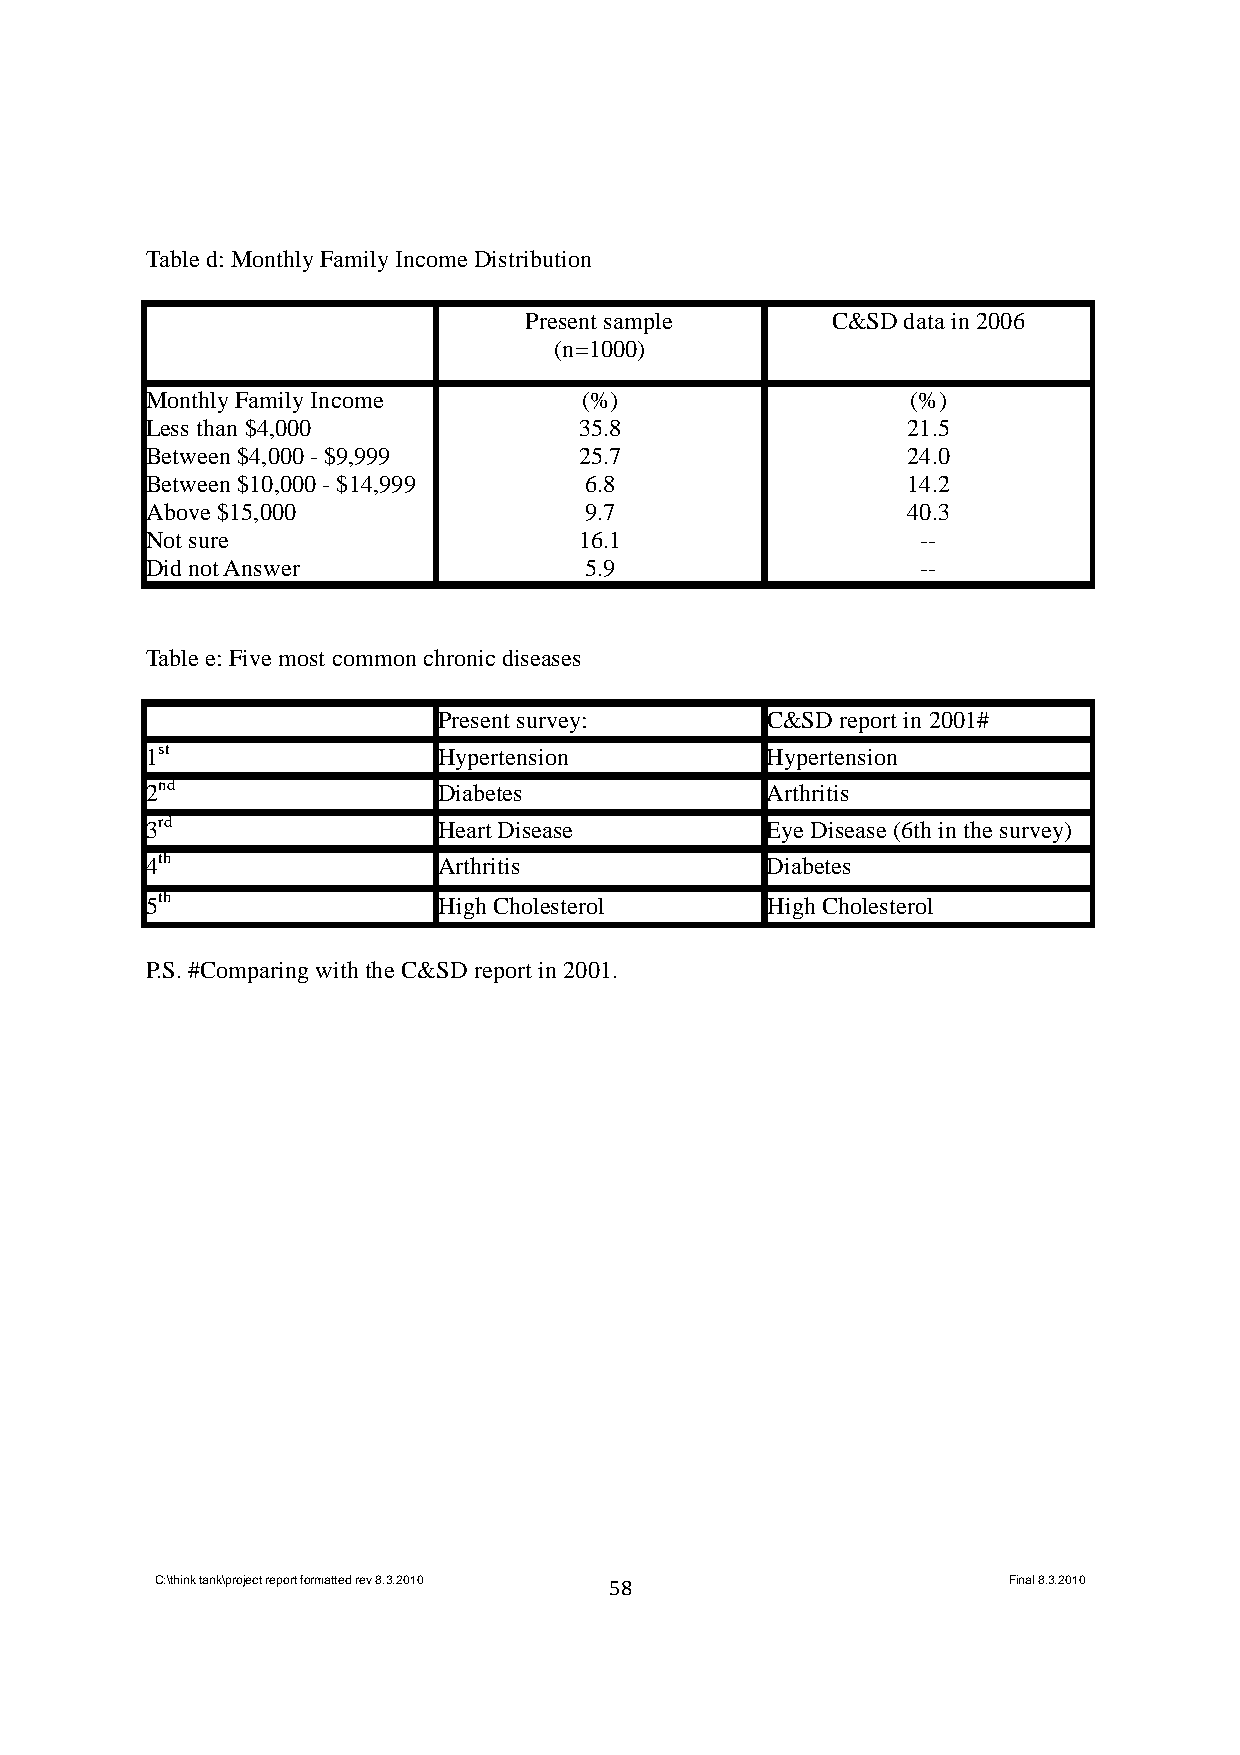
Table d: Monthly Family Income Distribution
 Present sample      C&SD data in 2006
 (n=1000)
 Monthly Family Income       (%)                   (%)
 Less than $4,000            35.8                  21.5
 Between $4,000 - $9,999     25.7                  24.0
 Between $10,000 - $14,999    6.8                  14.2
 Above $15,000                9.7                  40.3
 Not sure                    16.1                   --
 Did not Answer               5.9                   --
 Table e: Five most common chronic diseases
 Present survey:       C&SD report in 2001#
 1st                Hypertension          Hypertension
 2nd                Diabetes              Arthritis
 3rd                Heart Disease         Eye Disease (6th in the survey)
 4th                Arthritis             Diabetes
 5th                High Cholesterol      High Cholesterol
 P.S. #Comparing with the C&SD report in 2001.
 C:\think tank\project report formatted rev 8.3.2010 58   Final 8.3.2010